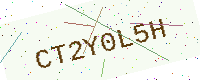
Text: CT2Y0L5H